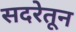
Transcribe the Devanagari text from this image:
सदरेतून